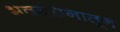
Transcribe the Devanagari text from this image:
भवबंधनातून